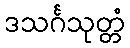
ဒသင်္ဂသုတ္တံ